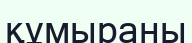
құмыраны